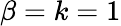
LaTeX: \beta=k=1